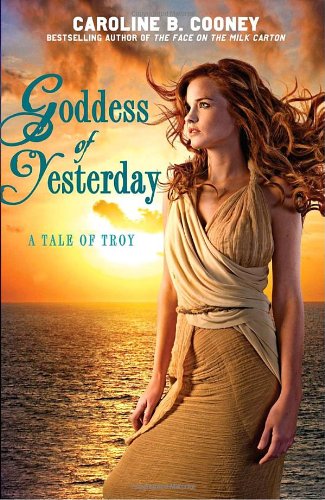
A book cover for Goddess of Yesterday; Caroline B. Cooney; Teen & Young Adult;